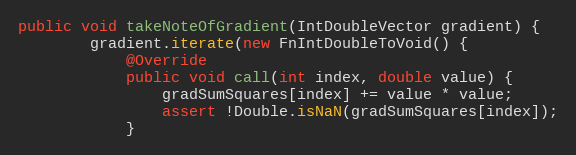
Language: Java
public void takeNoteOfGradient(IntDoubleVector gradient) {
        gradient.iterate(new FnIntDoubleToVoid() {
            @Override
            public void call(int index, double value) {
                gradSumSquares[index] += value * value;
                assert !Double.isNaN(gradSumSquares[index]);
            }